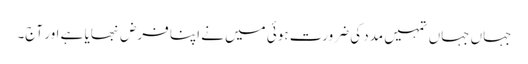
جہاں جہاں تمہیں مدد کی ضرورت ہوئی میں نے اپنا فرض نبھایا ہے اور آج۔